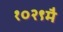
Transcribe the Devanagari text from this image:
१०२९मै